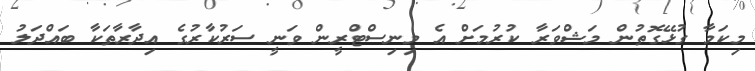
މިކަމާ ގުޅޭގޮތުން މަޝްވަރާ ކުރުމަށް އެ މިނިސްޓްރީން ވަނީ ސަރުކާރުގެ އިދާރާތަކާ ބައްދަލު